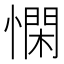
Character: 𢡿